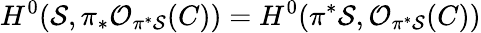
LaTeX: H^{0}({\cal S},\pi_{*}{\cal O}_{\pi^{*}{\cal S}}(C))=H^{0}(\pi^{*}{\cal S},{\cal O}_{\pi^{*}{\cal S}}(C))